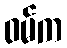
ဝမ်က